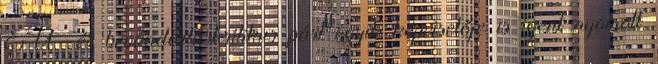
EU- és bevándorláskritikus párt egyik képviselője is igent nyomott